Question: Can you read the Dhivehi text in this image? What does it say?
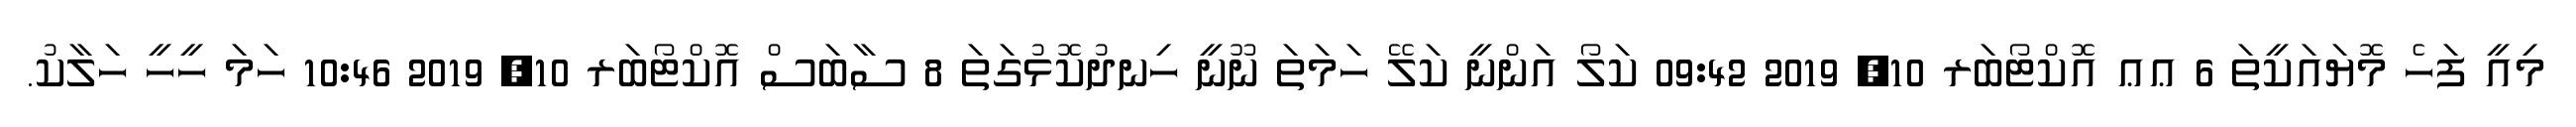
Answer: މިއީ ފަހެ މޮޔައަކީތަ 6 ޢޢ އޮކްޓޯބަރ 10, 2019 09:42 ކަލޯ އަންނީ ކަލޭ ހަމަތަ ނޫނީ ހިނދުކޮޅުގަތަ 8 ސާބަސް އޮކްޓޯބަރ 10, 2019 10:46 ހަމަ ހީހީ ހަލާކު.